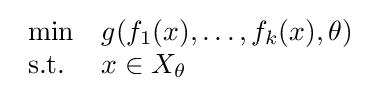
{\begin{array}{ll}\min &g(f_{1}(x),\ldots ,f_{k}(x),\theta )\\{\text{s.t.}}&x\in X_{\theta }\end{array}}